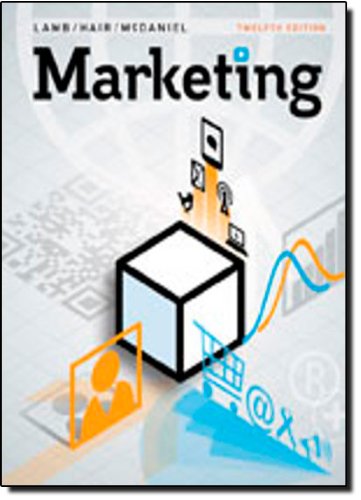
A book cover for Marketing; Charles W. Lamb; Business & Money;